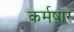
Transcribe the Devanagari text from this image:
कर्मषार